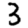
Digit: 3